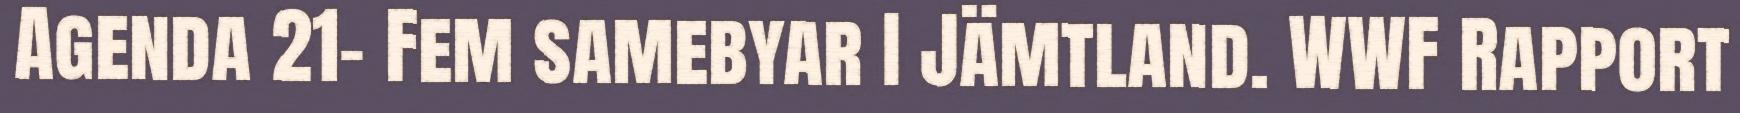
Agenda 21- Fem samebyar I Jämtland. WWF Rapport